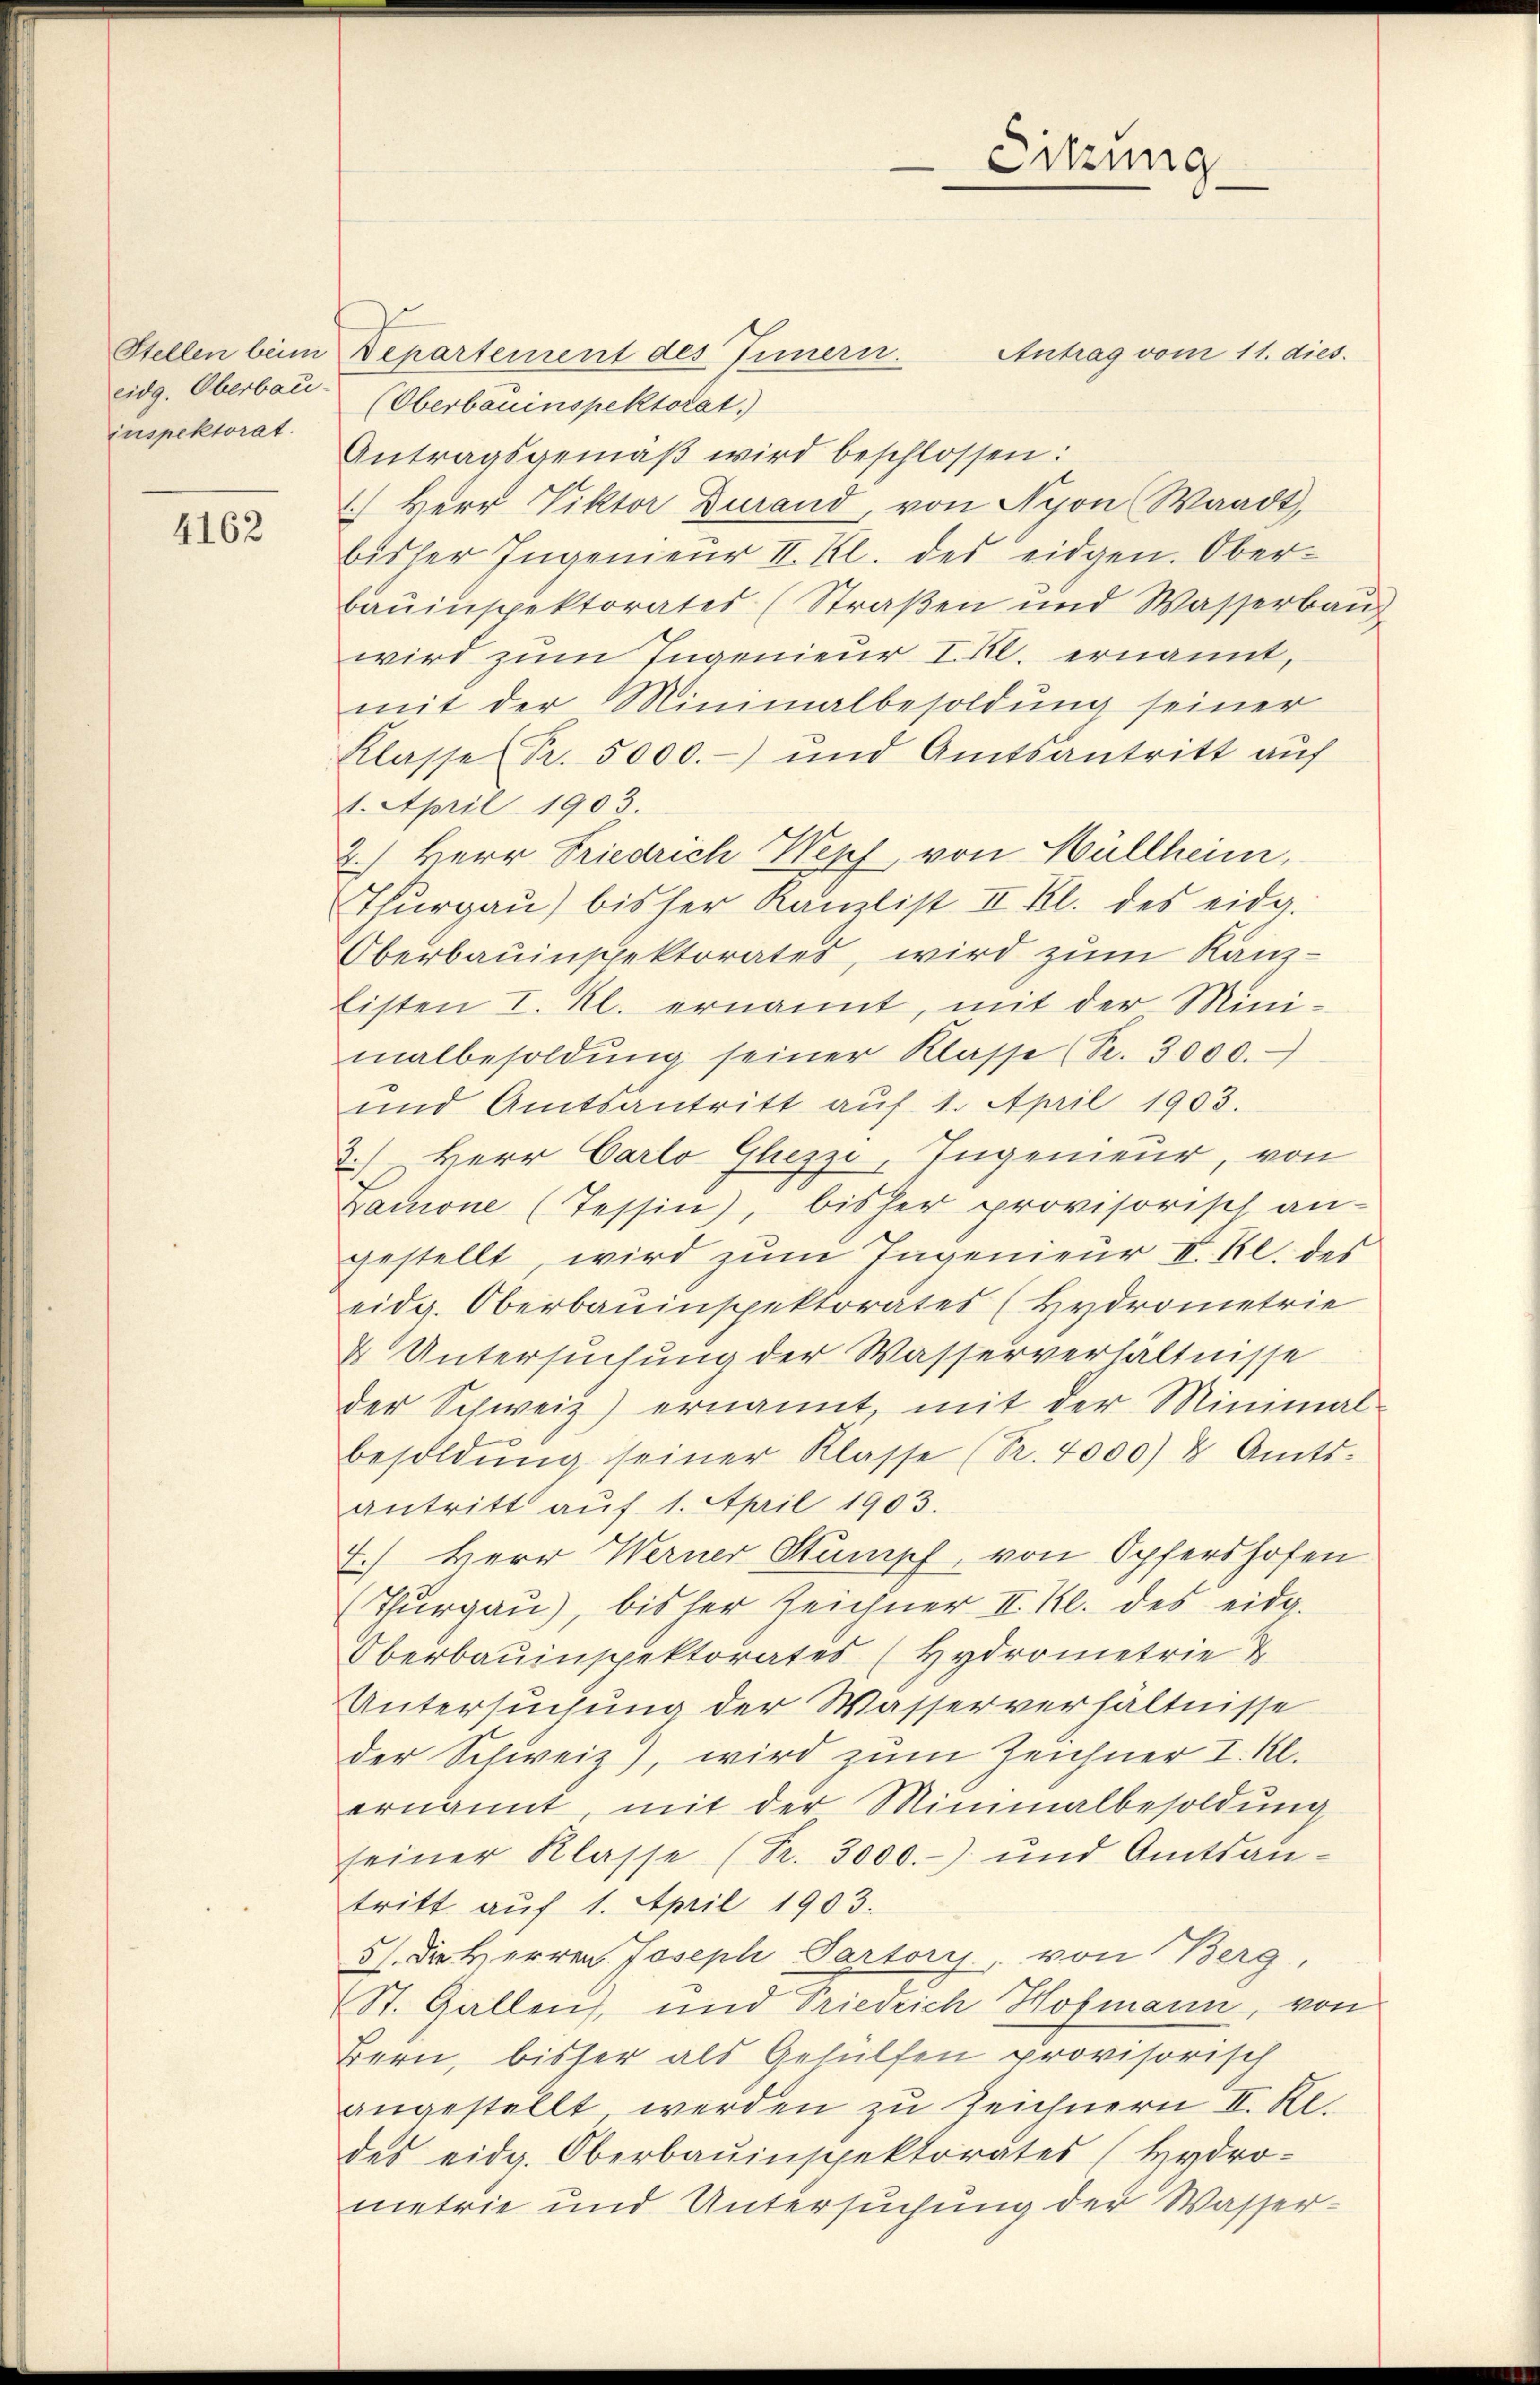
inspektorat.

4162

Sitzung

Stellen beim Departement des Innern.
Antrag vom 11. dies.
eidg. Oberbau (Oberbauinspektorat.)
Antragsgemäß wird beschlossen:
1.) Herr Viktor Durand, von Nyon Waadt,
bisher Ingenieŭr II. Kl. des eidgen. Ober-
bauinspektorates (Straßen und Wasserbau
wird zum Ingenieur I. Kl. ernannt,
mit der Minimalbesoldung seiner
Klasse (Pr. 5000.- und Amtsantritt auf
1. April 1903.
2.) Herr Friedrich Wepf, von Müllheim,
Thŭrgaŭ) bisher Kanzlist II Kl. des eidg.
Oberbauinspektorates, wird zum Kanz¬
Eisten I. Kl. ernannt, mit der Mini-
malbesoldŭng seiner Klasse (S. 3000.
und Amtsantritt aŭf 1. April 1903.
2.) Herr Carlo Ghezzi, Ingenieur, von
Zamone (Tessin, bisher provisorisch an-
gestellt wird zum Ingenieur I. Kl. des
eidg. Oberbauinspektorates (Hydrometrie
& Untersuchung der Wasserverhältnisse
der Schweiz) ernannt mit der Minimal-
besoldŭng seiner Klasse (Nr. 4000) u. Amts-
antritt auf 1. April 1903.
7.) Herr Werner Stumpf von Opfershofen
(Thurgau), bis her Zeichner II. Kl. des eidg.
Oberbauinspektorates (Hydrometrie &
Untersuchung der Wasserverhältnisse
der Schweiz), wird zum Zeichner I. Kl.
ernannt, mit der Minimalbesoldung
seiner Klasse (Fr. 3000.-) und Amtsan-
tritt auf 1. April 1903.
5). Der Herren Joseph Partori, von Berg,
St. Gallen, und Friedrich Hofmann, von
Bern, bisher als Gehülfen provisorisch
angestellt werden zu Zeichnern II. Kl.
des eidg. Oberbauinspektorates (Hydro-
metrie und Untersuchung der Wasser-